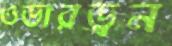
ওভারড্রন